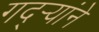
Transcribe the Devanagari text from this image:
गद्र्‍यांने